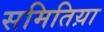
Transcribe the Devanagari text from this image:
समितिय़ा